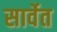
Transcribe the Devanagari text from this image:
सार्वेत